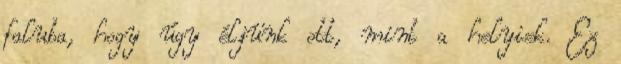
faluba, hogy úgy éljünk ott, mint a helyiek. Ez